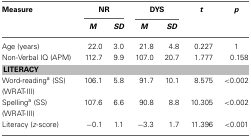
<table><thead><tr><td><b>Measure</b></td><td colspan="2"><b>NR</b></td><td colspan="2"><b>DYS</b></td><td><b><i>t</i></b></td><td><b><i>p</i></b></td></tr><tr><td></td><td><b><i>M</i></b></td><td><b><i>SD</i></b></td><td><b><i>M</i></b></td><td><b><i>SD</i></b></td><td></td><td></td></tr></thead><tbody><tr><td>Age (years)</td><td>22.0</td><td>3.0</td><td>21.8</td><td>4.8</td><td>0.227</td><td>1</td></tr><tr><td>Non-Verbal IQ (APM)</td><td>112.7</td><td>9.9</td><td>107.0</td><td>20.7</td><td>1.777</td><td>0.158</td></tr><tr><td colspan="7"><b>LITERACY</b></td></tr><tr><td>Word-reading<sup>a</sup> (SS) (WRAT-III)</td><td>106.1</td><td>5.8</td><td>91.7</td><td>10.1</td><td>8.575</td><td>&lt;0.002</td></tr><tr><td>Spelling<sup>a</sup> (SS) (WRAT-III)</td><td>107.6</td><td>6.6</td><td>90.8</td><td>8.8</td><td>10.305</td><td>&lt;0.002</td></tr><tr><td>Literacy (<i>z</i>-score)</td><td>−0.1</td><td>1.1</td><td>−3.3</td><td>1.7</td><td>11.396</td><td>&lt;0.001</td></tr></tbody></table>